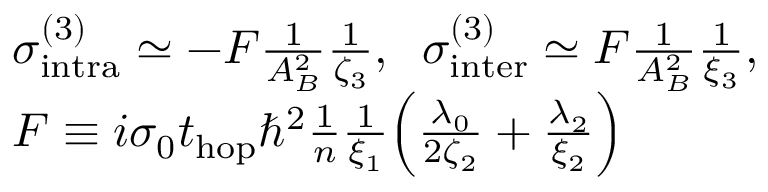
\begin{array} { r l } & { \sigma _ { \mathrm { i n t r a } } ^ { ( 3 ) } \simeq - F \frac { 1 } { A _ { B } ^ { 2 } } \frac { 1 } { \zeta _ { 3 } } , \; \; \sigma _ { \mathrm { i n t e r } } ^ { ( 3 ) } \simeq F \frac { 1 } { A _ { B } ^ { 2 } } \frac { 1 } { \xi _ { 3 } } , } \\ & { F \equiv i \sigma _ { 0 } t _ { \mathrm { h o p } } \hbar ^ { 2 } \frac { 1 } { n } \frac { 1 } { \xi _ { 1 } } \Bigl ( \frac { \lambda _ { 0 } } { 2 \zeta _ { 2 } } + \frac { \lambda _ { 2 } } { \xi _ { 2 } } \Bigl ) } \end{array}